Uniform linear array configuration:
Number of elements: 48
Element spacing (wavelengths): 0.5
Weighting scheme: cosine
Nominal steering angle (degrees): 15
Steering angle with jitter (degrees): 16.49
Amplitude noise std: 0.05
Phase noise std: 0.05

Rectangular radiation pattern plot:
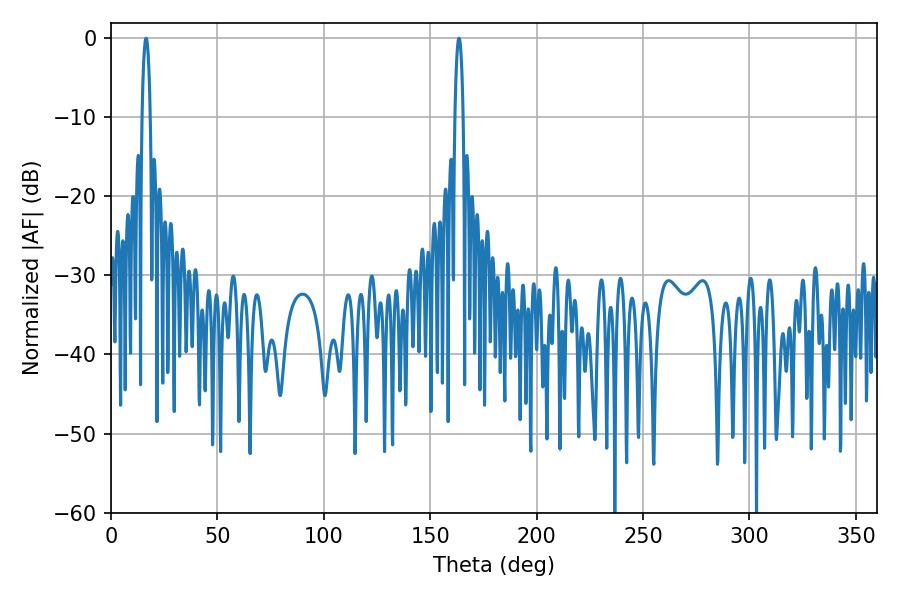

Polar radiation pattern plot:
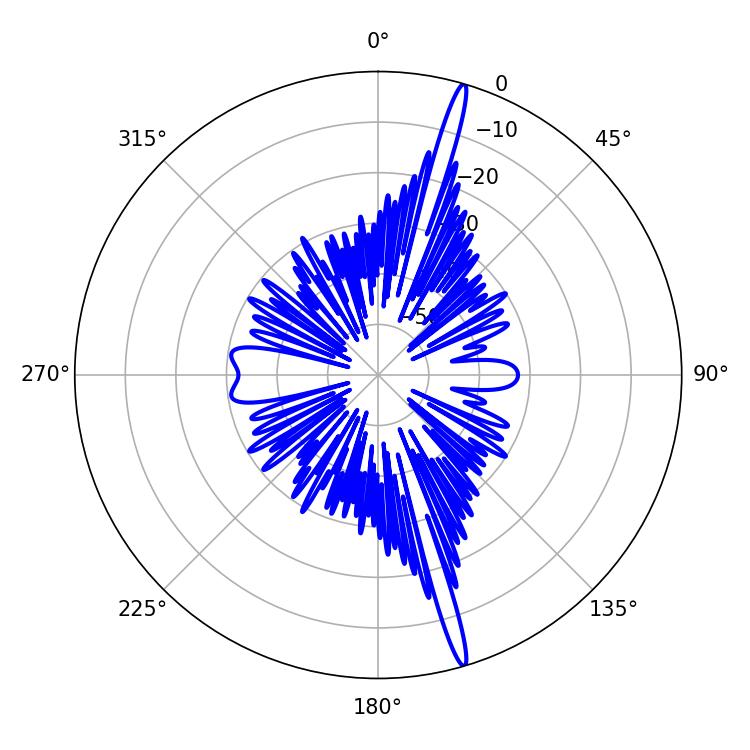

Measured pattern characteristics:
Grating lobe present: FALSE
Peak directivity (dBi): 19.11
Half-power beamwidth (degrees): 2.16
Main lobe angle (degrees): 16.56